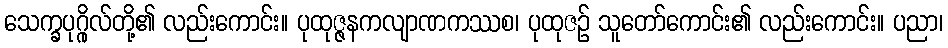
သေက္ခပုဂ္ဂိုလ်တို့၏ လည်းကောင်း။ ပုထုဇ္ဇနကလျာဏကဿစ၊ ပုထုဇဉ် သူတော်ကောင်း၏ လည်းကောင်း။ ပညာ၊